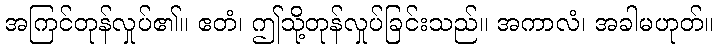
အကြင်တုန်လှုပ်၏။ ဧတံ၊ ဤသို့တုန်လှုပ်ခြင်းသည်။ အကာလံ၊ အခါမဟုတ်။